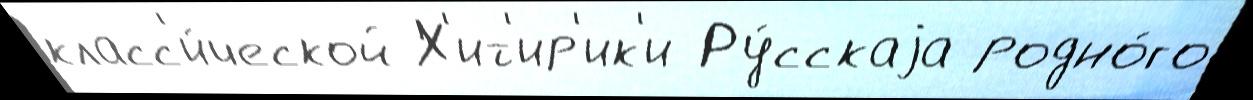
класс'и́ческой Х'ит'ир'ик'и Ру́сскаjа родно́го